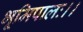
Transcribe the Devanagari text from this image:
भूमिपालः।।